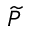
\widetilde { P }